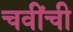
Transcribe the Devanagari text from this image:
चवींची